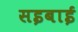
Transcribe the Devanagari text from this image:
सइबाई